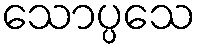
သောပ္ပသေ